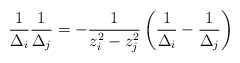
\begin{align*}\frac{1}{\Delta_i}\frac{1}{\Delta_j}=-\frac{1}{z_i^2-z_j^2}\left(\frac{1}{\Delta_i}-\frac{1}{\Delta_j}\right)\end{align*}